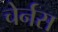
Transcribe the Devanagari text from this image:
चेर्नस